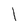
Character: l